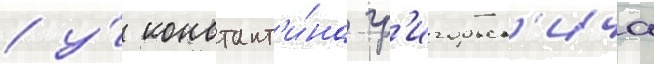
/ у́ констант'и́на гр'игорьев'ича